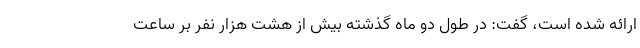
ارائه شده است، گفت: در طول دو ماه گذشته بیش از هشت هزار نفر بر ساعت